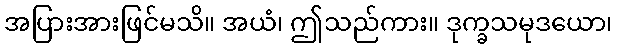
အပြားအားဖြင်မသိ။ အယံ၊ ဤသည်ကား။ ဒုက္ခသမုဒယော၊